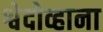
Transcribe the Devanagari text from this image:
श्वेदोव्हाना